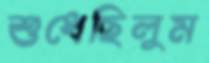
শুধেছিলুম